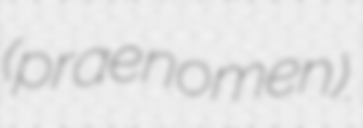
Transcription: (praenomen).